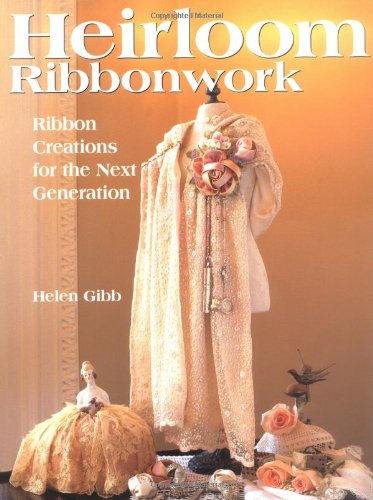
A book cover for Heirloom Ribbonwork: Ribbon Creations for the Next Generation; Helen Gibb; Crafts, Hobbies & Home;